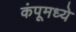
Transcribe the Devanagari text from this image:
कंपूमध्ये